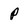
Character: p